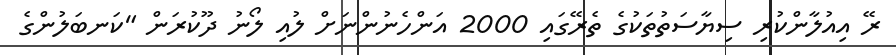
ރޭ އިއުލާންކުރި ސިޔާސަތުތަކުގެ ތެރޭގައި 2000 އަންހެނުންނަށް ލުއި ލޯނު ދޫކުރަން "ކަނބަލުންގެ